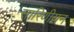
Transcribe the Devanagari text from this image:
सारिणीयन